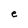
Character: e